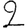
Digit: 2